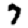
Digit: 7